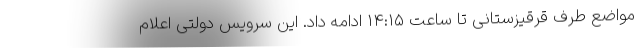
مواضع طرف قرقیزستانی تا ساعت ۱۴:۱۵ ادامه داد. این سرویس دولتی اعلام